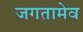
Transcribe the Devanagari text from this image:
जगतामेव